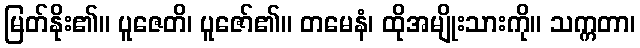
မြတ်နိုး၏။ ပူဇေတိ၊ ပူဇော်၏။ တမေနံ၊ ထိုအမျိုးသားကို။ သက္ကတာ၊